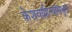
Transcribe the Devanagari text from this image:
केशवाहिन्यांमधून